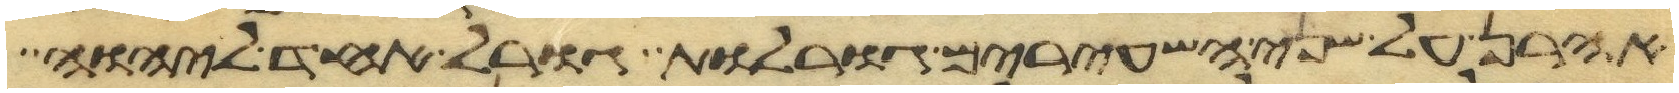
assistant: אהרן על שני השעירים גורלות גורל אחד ליהוה